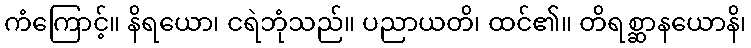
ကံကြောင့်။ နိရယော၊ ငရဲဘုံသည်။ ပညာယတိ၊ ထင်၏။ တိရစ္ဆာနယောနိ၊